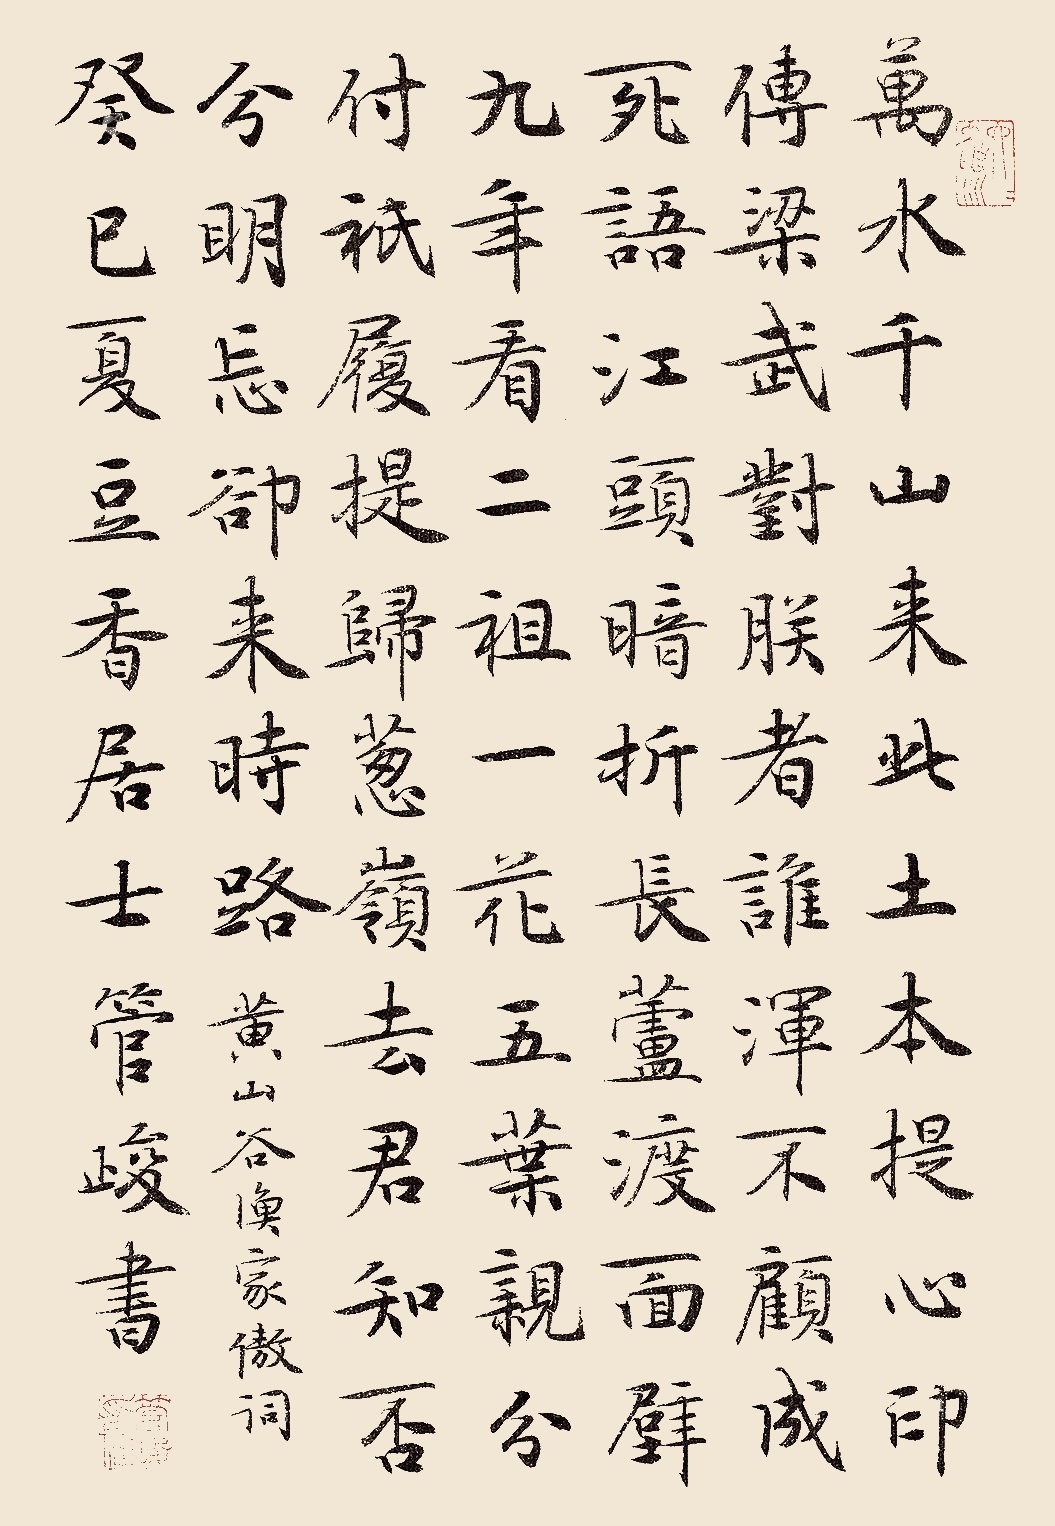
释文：万水千山来此土，本提心印传梁武。对朕者谁浑不顾，成死语。江头暗折长芦渡，面壁九年看二祖。一花五叶亲分付，只履提归葱岭去。君知否，分明忘却来时路。黄山谷《渔家傲》词，癸巳夏，豆香居士管峻书。